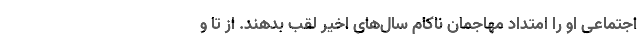
اجتماعی او را امتداد مهاجمان ناکام سال‌های اخیر لقب بدهند. از تا و